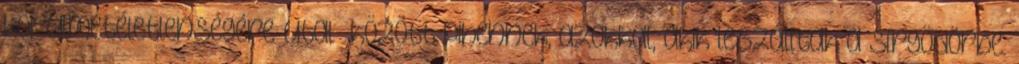
körülmetéletlenségére utal között pihennek, azokkal, akik leszálltak a sírgödörbe.